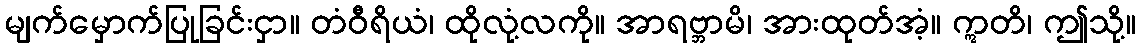
မျက်မှောက်ပြုခြင်းငှာ။ တံဝီရိယံ၊ ထိုလုံ့လကို။ အာရဗ္ဘာမိ၊ အားထုတ်အံ့။ ဣတိ၊ ဤသို့။